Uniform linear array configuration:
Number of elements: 32
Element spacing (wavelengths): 0.25
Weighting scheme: binomial
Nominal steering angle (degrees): -45
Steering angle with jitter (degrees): -44.958
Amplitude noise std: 0.05
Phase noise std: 0.05

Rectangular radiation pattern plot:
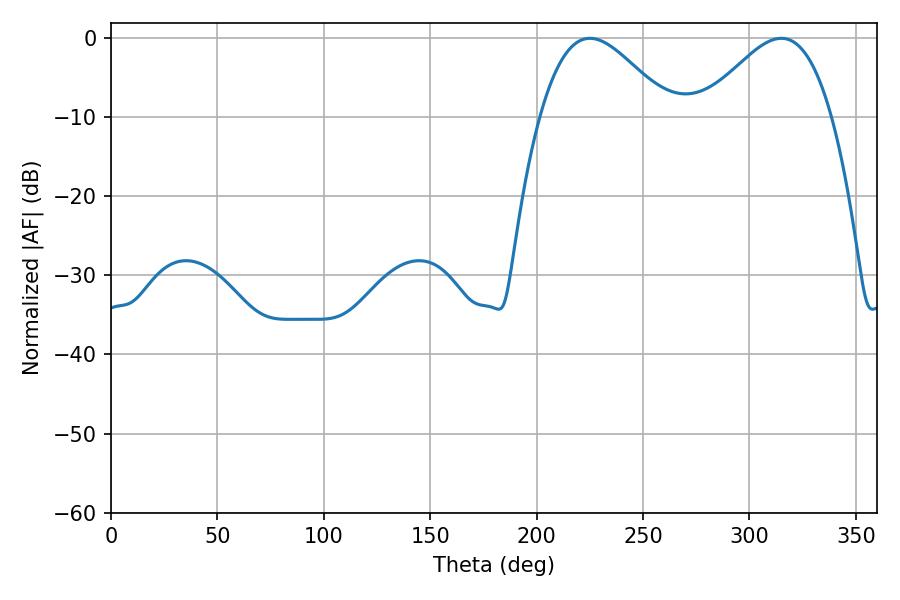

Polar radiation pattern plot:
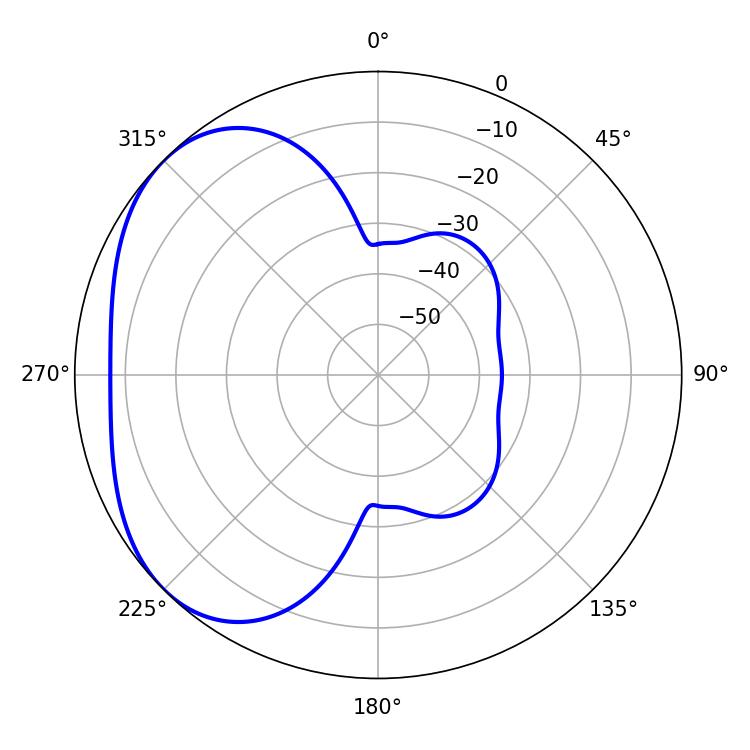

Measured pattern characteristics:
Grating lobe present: FALSE
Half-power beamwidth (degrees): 32.58
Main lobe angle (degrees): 225